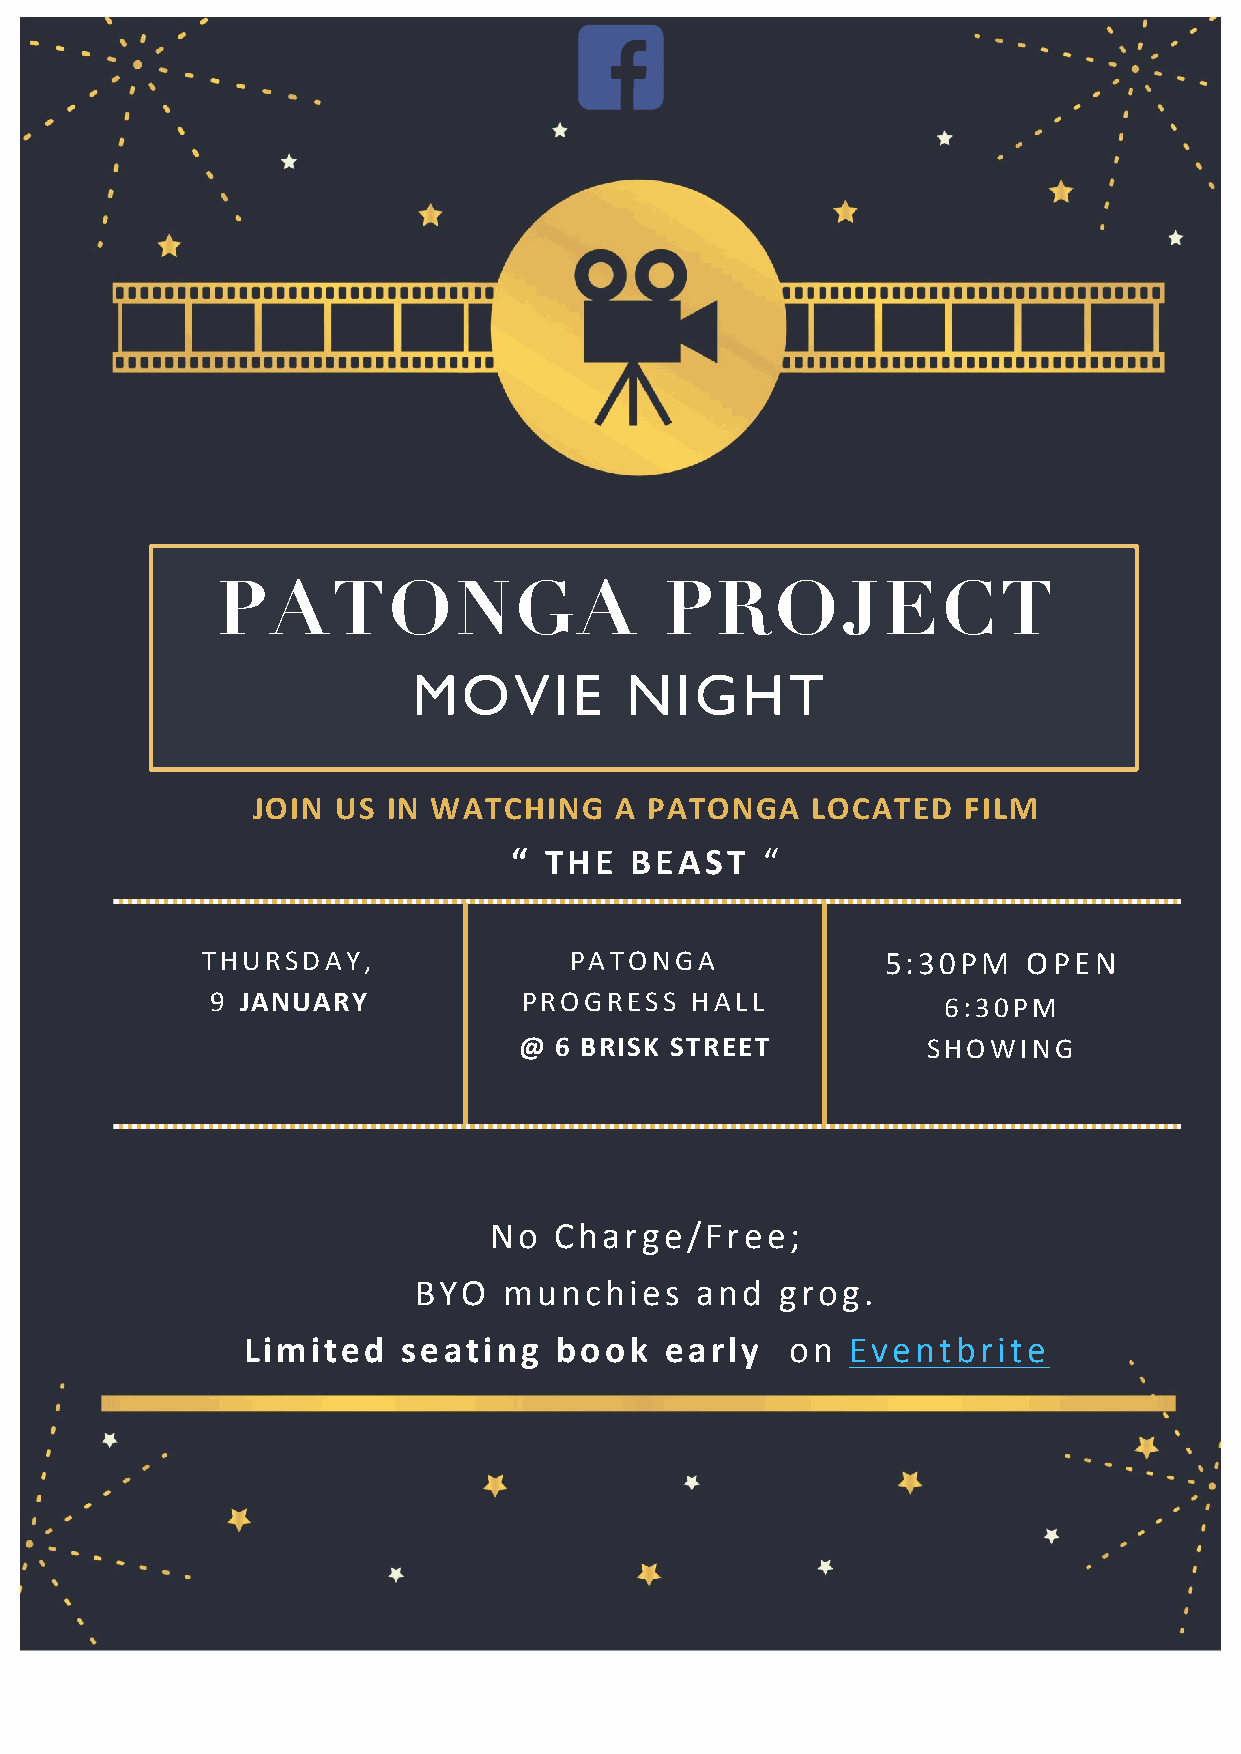
PATONGA                       PROJECT
 MOVIE         NIGHT
 JOIN US  IN WATCHING    A PATONGA    LOCATED   FILM
 “ THE   BEAST   “
 THURSDAY,                PATONGA              5:30PM   OPEN
 9 JANUARY            PROGRESS   HALL            6:30PM
 @  6 BRISK STREET          SHOWING
 No   Charge/Free;
 BYO   munchies     and   grog.
 Limited    seating   book   early   on  Eventbrite